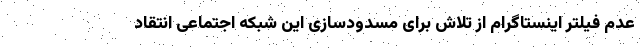
عدم فیلتر اینستاگرام از تلاش برای مسدودسازی این شبکه اجتماعی انتقاد